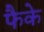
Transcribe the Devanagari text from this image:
फैके